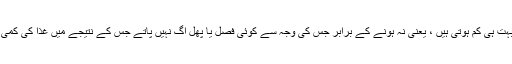
ویسے تو یہاں بارشیں بہت ہی کم ہوتی ہیں ، یعنی نہ ہونے کے برابر جس کی وجہ سے کوئی فصل یا پھل اُگ نہیں پاتے جس کے نتیجے میں غذا کی کمی کا سامنا کرنا پڑتا ہے۔